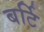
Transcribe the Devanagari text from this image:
बर्टि